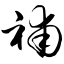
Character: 补